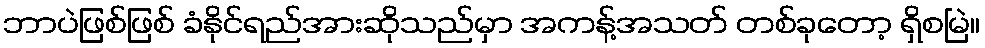
ဘာပဲဖြစ်ဖြစ် ခံနိုင်ရည်အားဆိုသည်မှာ အကန့်အသတ် တစ်ခုတော့ ရှိစမြဲ။